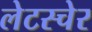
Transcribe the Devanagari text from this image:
लेटस्चेर